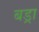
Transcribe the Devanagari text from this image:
बड्रा